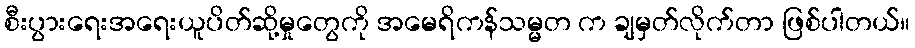
စီးပွားရေးအရေးယူပိတ်ဆို့မှုတွေကို အမေရိကန်သမ္မတ က ချမှတ်လိုက်တာ ဖြစ်ပါတယ်။